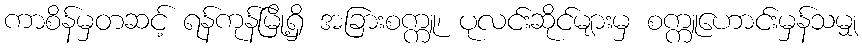
ကာစိန်မှတဆင့် ရန်ကုန်မြို့ရှိ အခြားစက္ကူ၊ ပုလင်းဆိုင်များမှ စက္ကူဟောင်းမှန်သမျှ